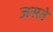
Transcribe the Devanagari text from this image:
जसते